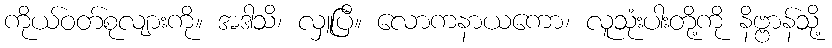
ကိုယ်ဝတ်စုလျားကို။ အဒါသိ၊ လှူပြီ။ လောကနာယကော၊ လူသုံးပါးတို့ကို နိဗ္ဗာန်သို့